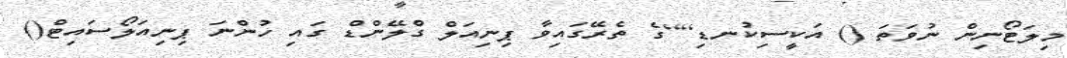
މިލަޓޯނިން ނުވަތަ () އަކީސިކުނޑި]]ގެ ތެރޭގައިވާ ޕިނިއަލް ގްލޭންޑް ގައި ހުންނަ ޕިނިއަލޯސައިޓް()